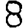
Digit: 8